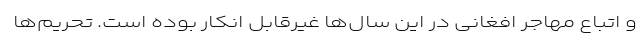
و اتباع مهاجر افغانی در این سال‌ها غیرقابل انکار بوده است. تحریم‌ها